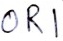
Text: OR1